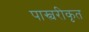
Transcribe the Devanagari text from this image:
पास्चरीकृत